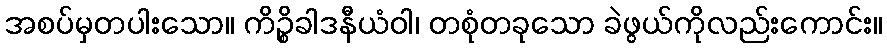
အစပ်မှတပါးသော။ ကိဉ္စိခါဒနီယံဝါ၊ တစုံတခုသော ခဲဖွယ်ကိုလည်းကောင်း။